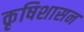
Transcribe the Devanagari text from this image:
कृषिशासन